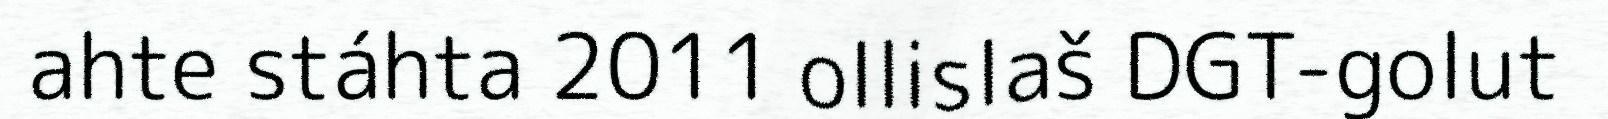
ahte stáhta 2011 ollislaš DGT-golut